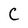
Character: C